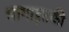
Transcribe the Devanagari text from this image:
भागाइतकी